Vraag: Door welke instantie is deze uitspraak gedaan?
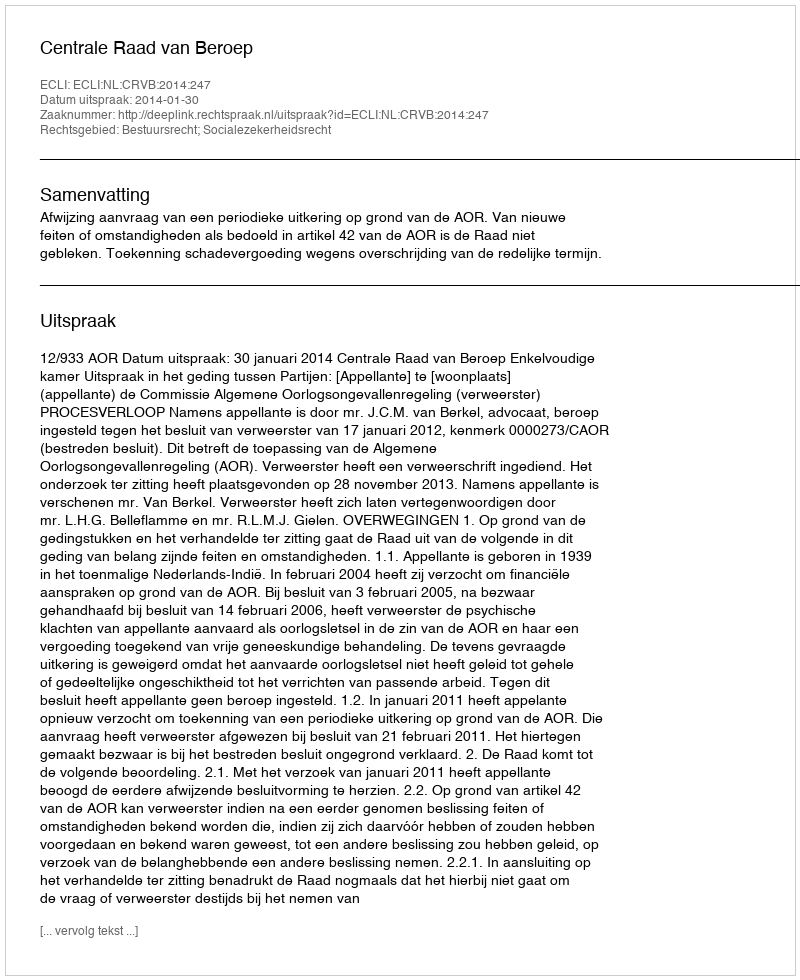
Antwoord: Centrale Raad van Beroep